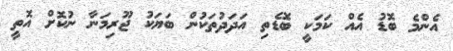
އެންމެ ބޮޑު އެއް ކަމަކީ ބޮޑެތި އަދަދުތަކުން ބަޔަކު ޖޫރިމަނާ ނުކޮށް އޮތީ